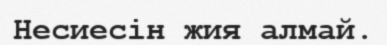
Несиесін жия алмай.